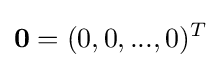
\mathbf {0} =(0,0,...,0)^{T}